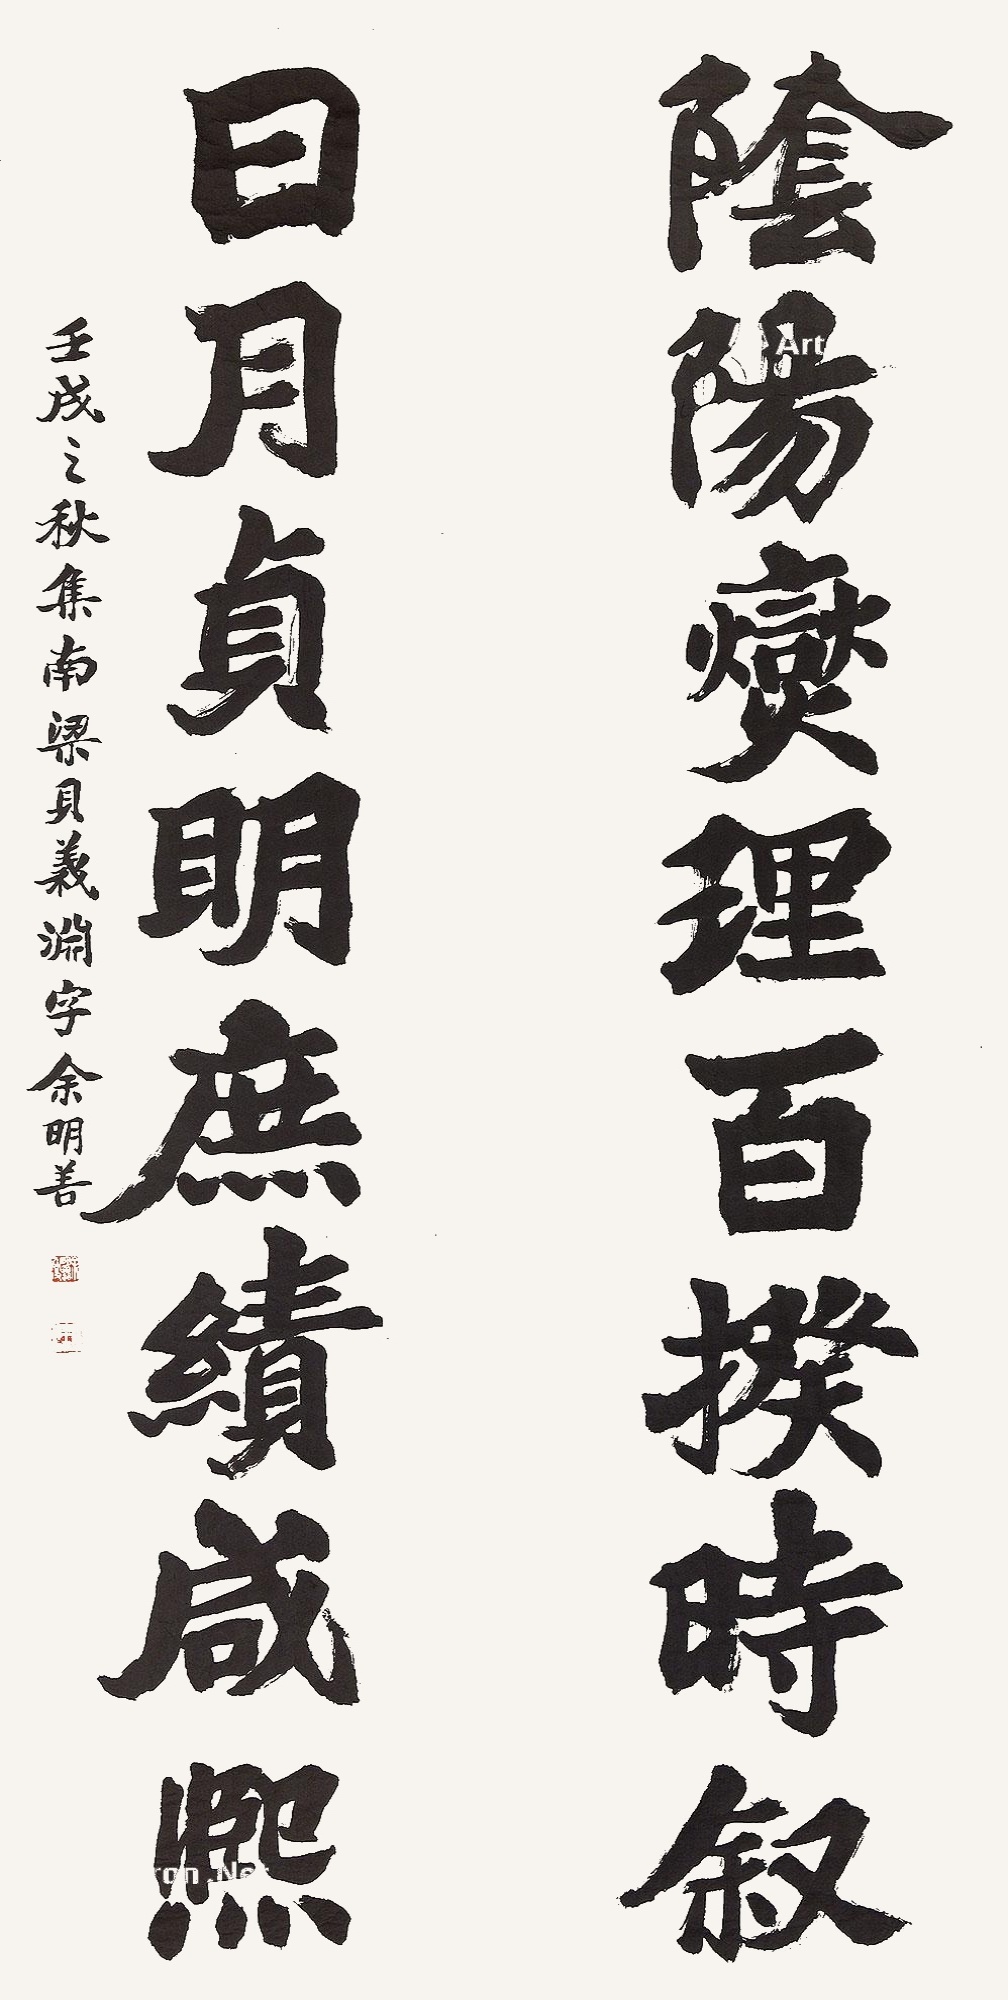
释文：阴阳燮理百揆时叙，日月贞明庶绩咸熙壬戌之秋集南梁贝义渊字余明善